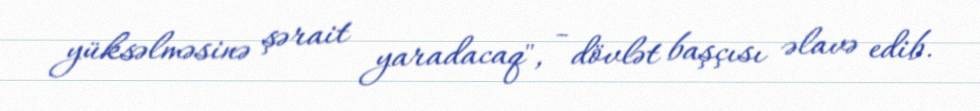
yüksəlməsinə şərait yaradacaq", - dövlət başçısı əlavə edib.